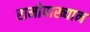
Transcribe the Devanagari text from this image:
रामोपाख्यान